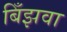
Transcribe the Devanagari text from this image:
बिँझवा